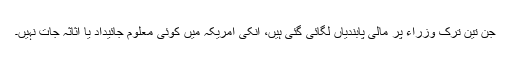
جن تین ترک وزراء پر مالی پابندیاں لگائی گئی ہیں، انکی امریکہ میں کوئی معلوم جائیداد یا اثاثہ جات نہیں۔